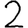
Digit: 2